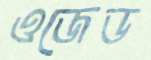
ওজেড